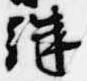
継